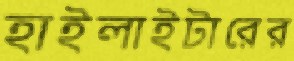
হাইলাইটারের